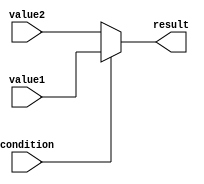
module conditional_assignment (
    input wire condition,      // Condition signal
    input wire [7:0] value1,  // First value to assign if condition is true
    input wire [7:0] value2,  // Second value to assign if condition is false
    output reg [7:0] result    // Output signal to hold the result
);

// Combinational logic for conditional assignment
always @(*) begin
    result = (condition) ? value1 : value2; // Conditional assignment
end

endmodule